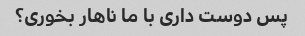
پس دوست داری با ما ناهار بخوری؟